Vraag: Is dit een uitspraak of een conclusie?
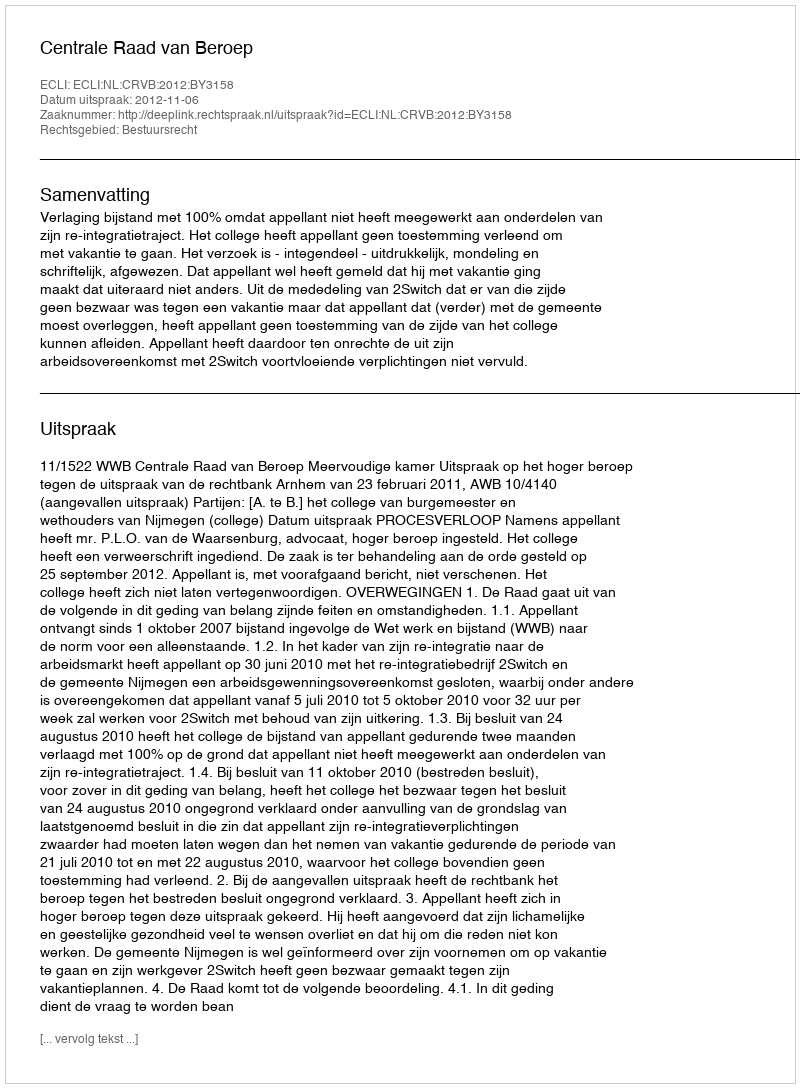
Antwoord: Uitspraak